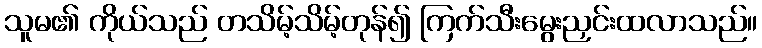
သူမ၏ ကိုယ်သည် တသိမ့်သိမ့်တုန်၍ ကြက်သီးမွေးညှင်းထလာသည်။